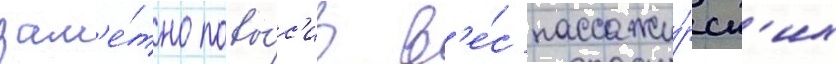
зам'е́тно повы́с'ив в'е́с пассажи́рск'их